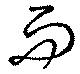
而